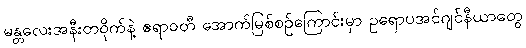
မန္တလေးအနီးတဝိုက်နဲ့ ဧရာဝတီ အောက်မြစ်စဉ်ကြောင်းမှာ ဥရောပအင်ဂျင်နီယာတွေ